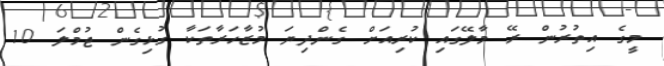
މީގެ އިތުރުން ރޭ މާލޭގައި ކުރިއަށް ގެންދިޔަ މުޒާހަރާތަކާ ގުޅިގެން ޖުމްލަ 10